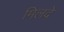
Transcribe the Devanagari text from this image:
मिलदे